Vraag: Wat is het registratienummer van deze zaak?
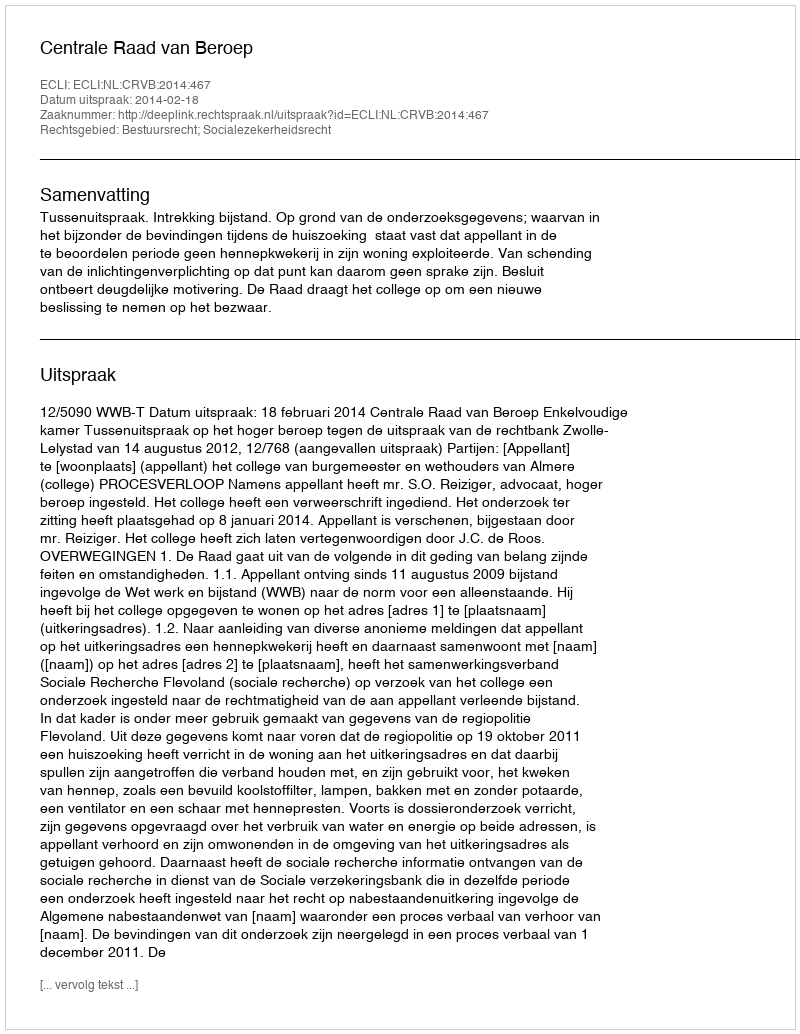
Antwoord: http://deeplink.rechtspraak.nl/uitspraak?id=ECLI:NL:CRVB:2014:467